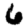
Digit: 6